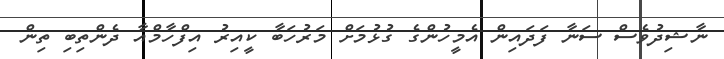
ނާޝިދުވެސް ސަނާ ފަދައިން އެމީހުންގެ ގުޅުމަށް މަރުހަބާ ކީއިރު އިފްހާމްއާ ދެންތިބި ތިން